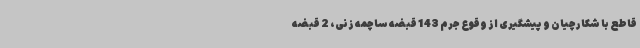
قاطع با شکارچیان و پیشگیری از وقوع جرم 143 قبضه ساچمه زنی، 2 قبضه